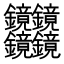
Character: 𰽔